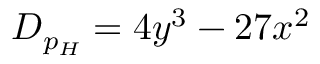
D _ { p _ { H } } = 4 y ^ { 3 } - 2 7 x ^ { 2 }